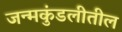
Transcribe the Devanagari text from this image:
जन्मकुंडलीतील